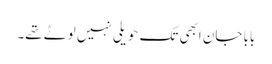
بابا جان ابھی تک حویلی نہیں لوٹے تھے۔